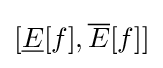
[{\underline {E}}[f],{\overline {E}}[f]]